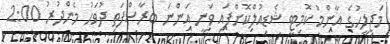
މަޖިލީހުގެ އާންމު ކޮމިޓީ ޝެޑިއުލްކޮށްފައި ވަނީ އަންނަ ބުރާސްފަތި ދުވަހު މެންދުރު 2:00